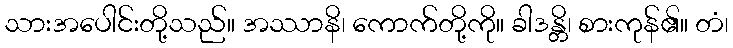
သားအပေါင်းတို့သည်။ အဿာနိ၊ ကောက်တို့ကို။ ခါဒန္တိ၊ စားကုန်၏။ တံ၊